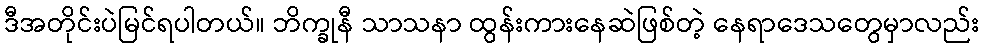
ဒီအတိုင်းပဲမြင်ရပါတယ်။ ဘိက္ခုနီ သာသနာ ထွန်းကားနေဆဲဖြစ်တဲ့ နေရာဒေသတွေမှာလည်း